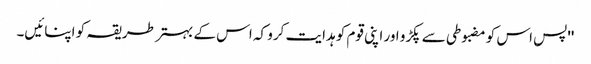
''پس اس کو مضبوطی سے پکڑو اور اپنی قوم کو ہدایت کرو کہ اس کے بہتر طریقہ کو اپنائیں۔